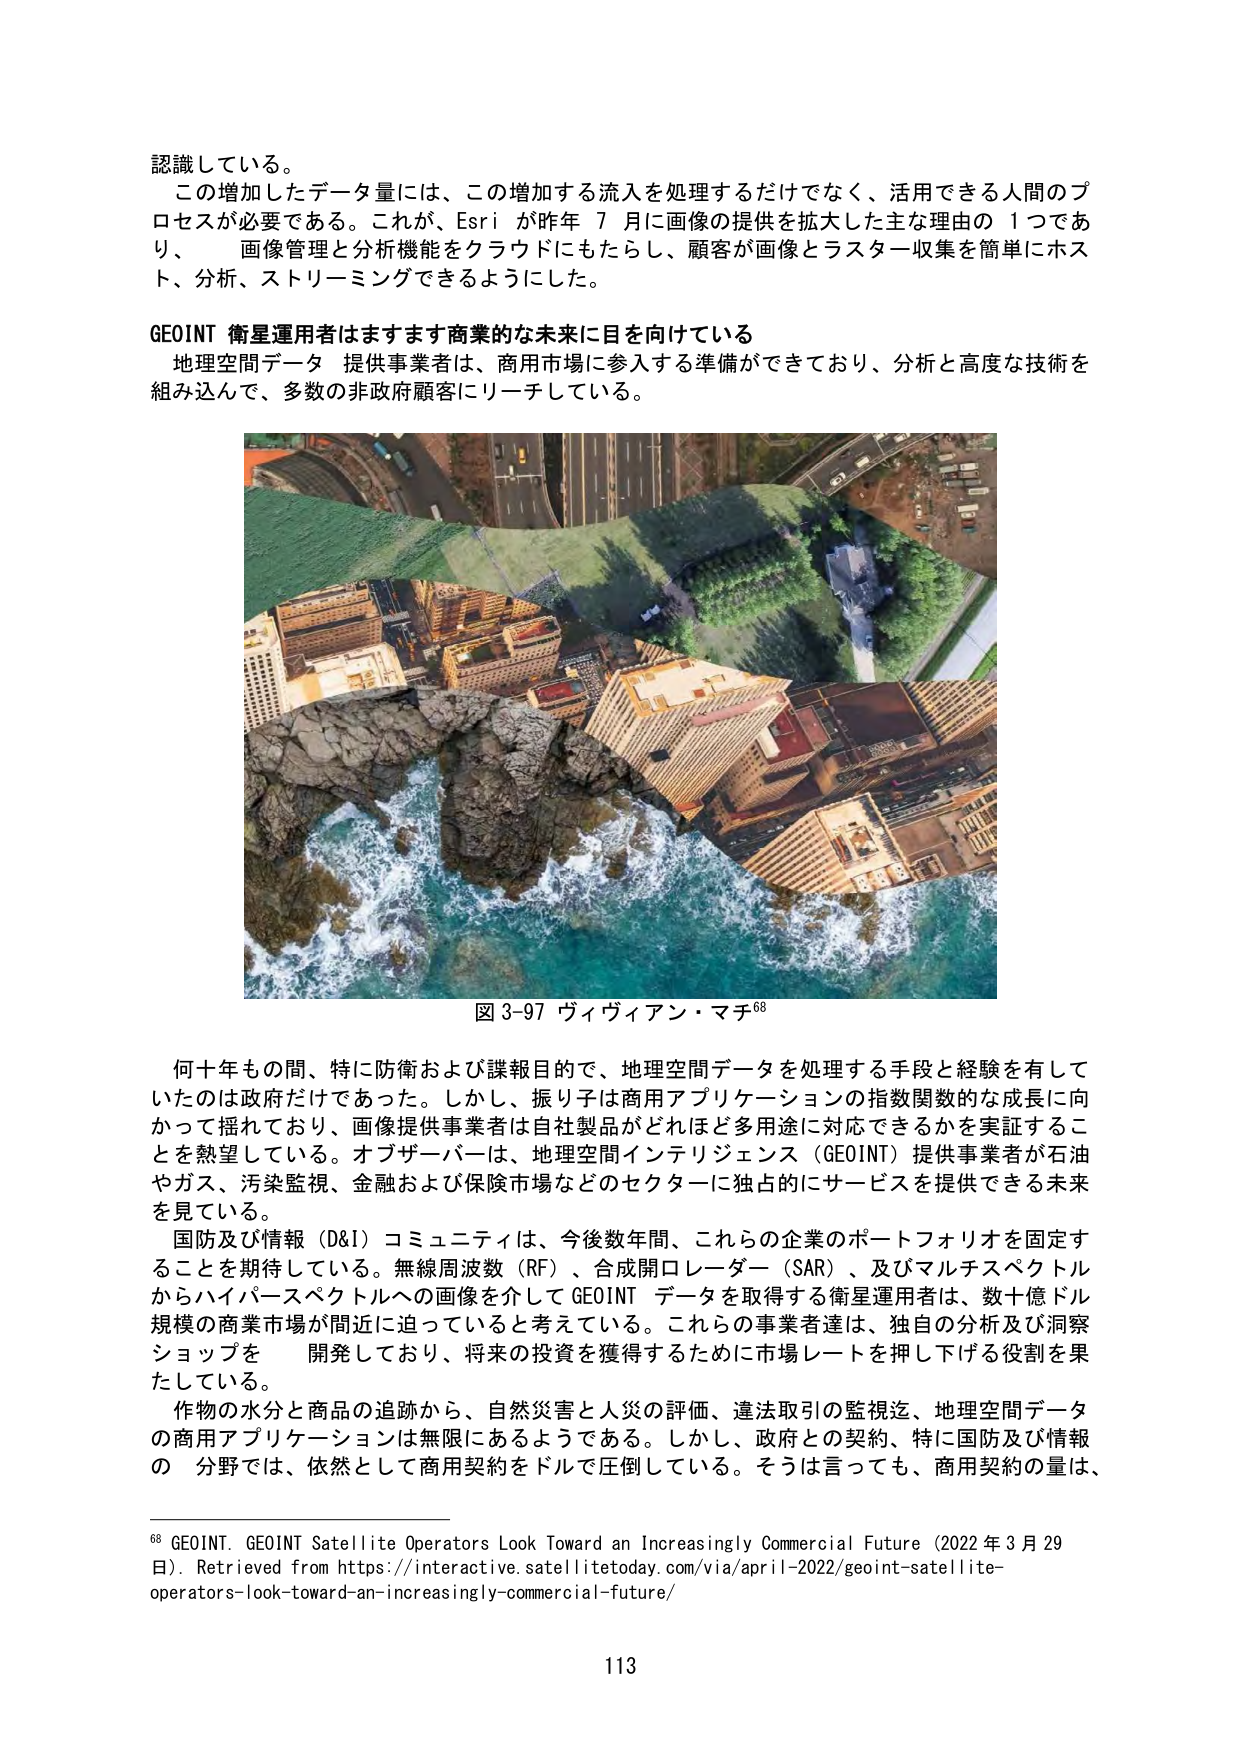
認識している。

この増加したデータ量には、この増加する流入を処理するだけでなく、活用できる人間のプロセスが必要である。これが、Esri が昨年 7 月に画像の提供を拡大した主な理由の 1 つであり、画像管理と分析機能をクラウドにもたらし、顧客が画像とラスター収集を簡単にホスト、分析、ストリーミングできるようにした。

GEOINT 衛星運用者はますます商業的な未来に目を向けている

地理空間データ 提供事業者は、商用市場に参入する準備ができており、分析と高度な技術を組み込んで、多数の非政府顧客にリーチしている。

図 3-97 ヴィヴィアン・マチ⁶⁸

何十年もの間、特に防衛および諜報目的で、地理空間データを処理する手段と経験を有していたのは政府だけであった。しかし、振り子は商用アプリケーションの指数関数的な成長に向かって揺れており、画像提供事業者は自社製品がどれほど多用途に対応できるかを実証することを熱望している。オブザーバーは、地理空間インテリジェンス（GEOINT）提供事業者が石油やガス、汚染監視、金融および保険市場などのセクターに独占的にサービスを提供できる未来を見ている。

国防及び情報（D&I）コミュニティは、今後数年間、これらの企業のポートフォリオを固定することを期待している。無線周波数（RF）、合成開口レーダー（SAR）、及びマルチスペクトルからハイパースペクトルへの画像を介して GEOINT データを取得する衛星運用者は、数十億ドル規模の商業市場が間近に迫っていると考えている。これらの事業者達は、独自の分析及び洞察ショップを開発しており、将来の投資を獲得するために市場レートを押し下げる役割を果たしている。

作物の水分と商品の追跡から、自然災害と人災の評価、違法取引の監視迄、地理空間データの商用アプリケーションは無限にあるようである。しかし、政府との契約、特に国防及び情報の分野では、依然として商用契約をドルで圧倒している。そうは言っても、商用契約の量は、

⁶⁸ GEOINT. GEOINT Satellite Operators Look Toward an Increasingly Commercial Future (2022 年 3 月 29 日). Retrieved from https://interactive.satellitetoday.com/via/april-2022/geoint-satellite-operators-look-toward-an-increasingly-commercial-future/

113